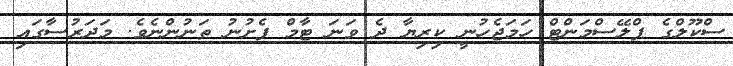
ސްކޫލްގެ ޕްލޭސްމަންޓް ހަމަޖެހުނީ ކިރިޔާ ދެ ވަނަ ޓާމް ފެށުނު ތަނުންނެވެ. މަދަރުސާގައި